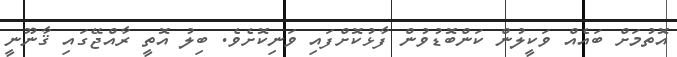
އޮތުމަށް ބައެއް ވަކީލުން ކަންބޮޑުވުން ފާޅުކޮށްފައި ވަނިކޮށެވެ. ބިލު އޮތީ ރާއްޖޭގައި ޤާނޫނީ